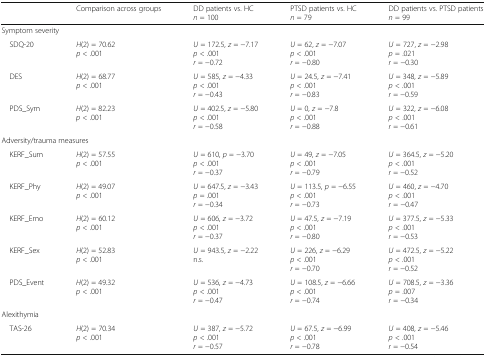
<table><thead><tr><td>[EMPTY_CELL]</td><td><b>Comparison across groups</b></td><td><b>DD patients vs. HC<i>n</i> = 100</b></td><td><b>PTSD patients vs. HC<i>n</i> = 79</b></td><td><b>DD patients vs. PTSD patients<i>n</i> = 99</b></td></tr></thead><tbody><tr><td colspan="5">Symptom severity</td></tr><tr><td> SDQ-20</td><td><i>H</i>(2) = 70.62<i>p</i> &lt; .001</td><td><i>U</i> = 172.5, <i>z</i> = −7.17<i>p</i> &lt; .001<i>r</i> = −0.72</td><td><i>U</i> = 62, <i>z</i> = −7.07<i>p</i> &lt; .001<i>r</i> = −0.80</td><td><i>U</i> = 727, <i>z</i> = −2.98<i>p</i> = .021<i>r</i> = −0.30</td></tr><tr><td> DES</td><td><i>H</i>(2) = 68.77<i>p</i> &lt; .001</td><td><i>U</i> = 585, <i>z</i> = −4.33<i>p</i> &lt; .001<i>r</i> = −0.43</td><td><i>U</i> = 24.5, <i>z</i> = −7.41<i>p</i> &lt; .001<i>r</i> = −0.83</td><td><i>U</i> = 348, <i>z</i> = −5.89<i>p</i> &lt; .001<i>r</i> = −0.59</td></tr><tr><td> PDS_Sym</td><td><i>H</i>(2) = 82.23<i>p</i> &lt; .001</td><td><i>U</i> = 402.5, <i>z</i> = −5.80<i>p</i> &lt; .001<i>r</i> = −0.58</td><td><i>U</i> = 0, <i>z</i> = −7.8<i>p</i> &lt; .001<i>r</i> = −0.88</td><td><i>U</i> = 322, <i>z</i> = −6.08<i>p</i> &lt; .001<i>r</i> = −0.61</td></tr><tr><td colspan="5">Adversity/trauma measures</td></tr><tr><td> KERF_Sum</td><td><i>H</i>(2) = 57.55<i>p</i> &lt; .001</td><td><i>U</i> = 610, <i>p</i> = −3.70<i>p</i> &lt; .001<i>r</i> = −0.37</td><td><i>U</i> = 49, <i>z</i> = −7.05<i>p</i> &lt; .001<i>r</i> = −0.79</td><td><i>U</i> = 364.5, <i>z</i> = −5.20<i>p</i> &lt; .001<i>r</i> = −0.52</td></tr><tr><td> KERF_Phy</td><td><i>H</i>(2) = 49.07<i>p</i> &lt; .001</td><td><i>U</i> = 647.5, <i>z</i> = −3.43<i>p</i> = .001<i>r</i> = −0.34</td><td><i>U</i> = 113.5, <i>p</i> = −6.55<i>p</i> &lt; .001<i>r</i> = −0.73</td><td><i>U</i> = 460, <i>z</i> = −4.70<i>p</i> &lt; .001<i>r</i> = −0.47</td></tr><tr><td> KERF_Emo</td><td><i>H</i>(2) = 60.12<i>p</i> &lt; .001</td><td><i>U</i> = 606, <i>z</i> = −3.72<i>p</i> &lt; .001<i>r</i> = −0.37</td><td><i>U</i> = 47.5, <i>z</i> = −7.19<i>p</i> &lt; .001<i>r</i> = −0.80</td><td><i>U</i> = 377.5, <i>z</i> = −5.33<i>p</i> &lt; .001<i>r</i> = −0.53</td></tr><tr><td> KERF_Sex</td><td><i>H</i>(2) = 52.83<i>p</i> &lt; .001</td><td><i>U</i> = 943.5, <i>z</i> = −2.22n.s.</td><td><i>U</i> = 226, <i>z</i> = −6.29<i>p</i> &lt; .001<i>r</i> = −0.70</td><td><i>U</i> = 472.5, <i>z</i> = −5.22<i>p</i> &lt; .001<i>r</i> = −0.52</td></tr><tr><td> PDS_Event</td><td><i>H</i>(2) = 49.32<i>p</i> &lt; .001</td><td><i>U</i> = 536, <i>z</i> = −4.73<i>p</i> &lt; .001<i>r</i> = −0.47</td><td><i>U</i> = 108.5, <i>z</i> = −6.66<i>p</i> &lt; .001<i>r</i> = −0.74</td><td><i>U</i> = 708.5, <i>z</i> = −3.36<i>p</i> = .007<i>r</i> = −0.34</td></tr><tr><td colspan="5">Alexithymia</td></tr><tr><td> TAS-26</td><td><i>H</i>(2) = 70.34<i>p</i> &lt; .001</td><td><i>U</i> = 387, <i>z</i> = −5.72<i>p</i> &lt; .001<i>r</i> = −0.57</td><td><i>U</i> = 67.5, <i>z</i> = −6.99<i>p</i> &lt; .001<i>r</i> = −0.78</td><td><i>U</i> = 408, <i>z</i> = −5.46<i>p</i> &lt; .001<i>r</i> = −0.54</td></tr></tbody></table>